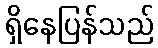
ရှိနေပြန်သည်